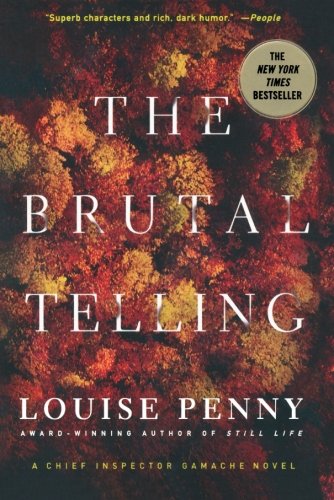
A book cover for The Brutal Telling: A Chief Inspector Gamache Novel; Louise Penny; Mystery, Thriller & Suspense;